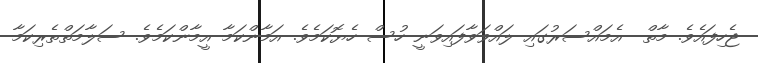
ޖެހިފައެވެ. މާތް  އެމައްސަރުގައި ލައްވަވާފައިވަނީ ހުސް ހެޔޮކަމެވެ. އަމާންކަމާ އީމާންކަމެވެ. ސަލާމަތްތެރިކަމާ